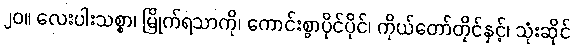
၂၀။ လေးပါးသစ္စာ၊ မြိုက်ရသာကို၊ ကောင်းစွာပိုင်ပိုင်၊ ကိုယ်တော်တိုင်နှင့်၊ သုံးဆိုင်